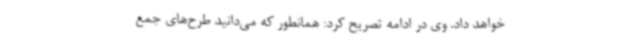
خواهد داد. وی در ادامه تصریح کرد: همانطور که می‌دانید طرح‌های جمع